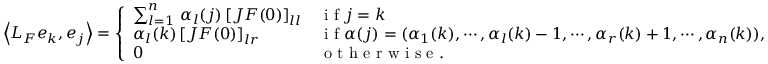
\left\langle L _ { F } e _ { k } , e _ { j } \right\rangle = \left\{ \begin{array} { l l } { \sum _ { l = 1 } ^ { n } \, \alpha _ { l } ( j ) \left[ J F ( 0 ) \right] _ { l l } } & { \textrm { i f } j = k } \\ { \alpha _ { l } ( k ) \left[ J F ( 0 ) \right] _ { l r } } & { \textrm { i f } \alpha ( j ) = ( \alpha _ { 1 } ( k ) , \cdots , \alpha _ { l } ( k ) - 1 , \cdots , \alpha _ { r } ( k ) + 1 , \cdots , \alpha _ { n } ( k ) ) , } \\ { 0 } & { \textrm { o t h e r w i s e } . } \end{array} \right.